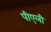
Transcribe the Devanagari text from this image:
पीएली